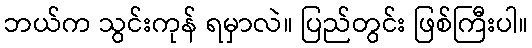
ဘယ်က သွင်းကုန် ရမှာလဲ။ ပြည်တွင်း ဖြစ်ကြီးပါ။